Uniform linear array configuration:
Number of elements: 32
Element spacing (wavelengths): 0.25
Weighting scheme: blackman
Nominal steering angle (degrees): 45
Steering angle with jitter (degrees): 44.779
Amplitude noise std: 0.05
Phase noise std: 0.05

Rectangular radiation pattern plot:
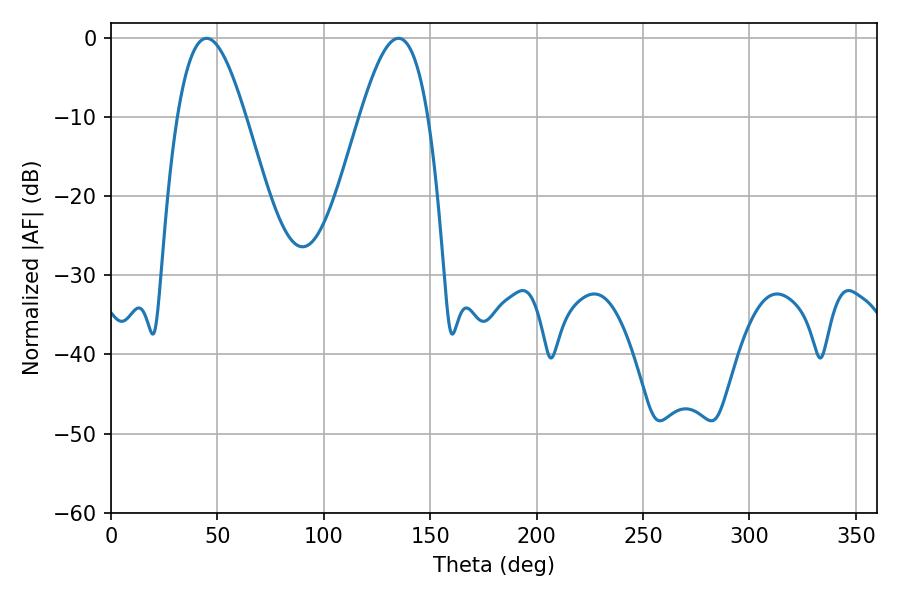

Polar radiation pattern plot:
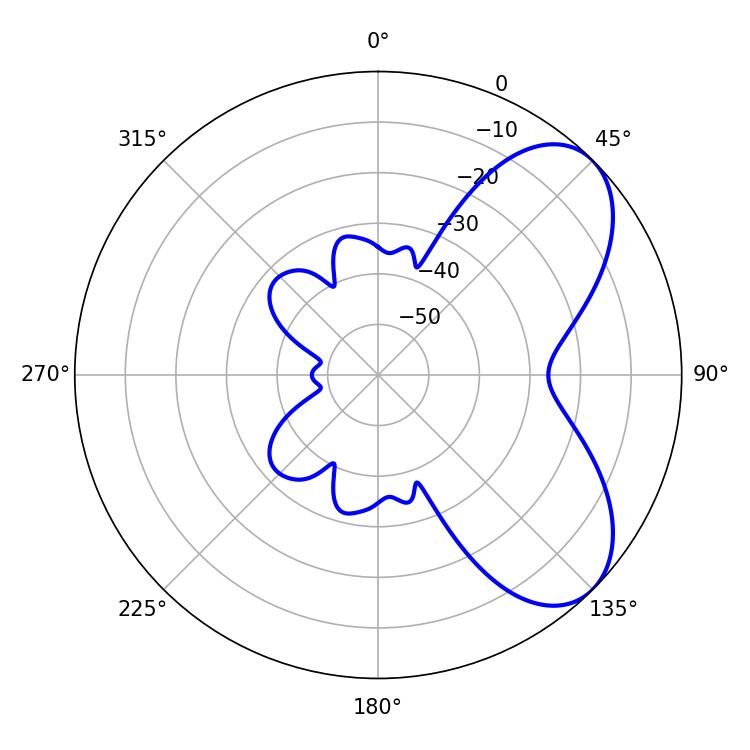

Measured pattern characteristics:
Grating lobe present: FALSE
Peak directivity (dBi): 6.254
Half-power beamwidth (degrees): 17.28
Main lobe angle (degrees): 44.82